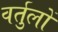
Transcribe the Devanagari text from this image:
वर्तुलों